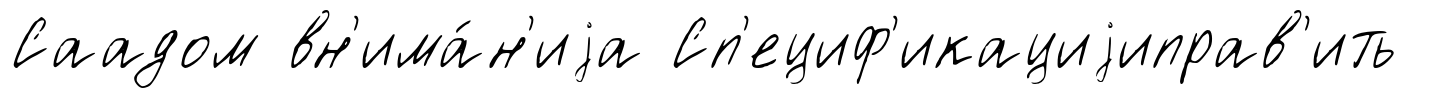
Саадом вн'има́н'иjа Сп'ециф'икациjиправ'ить